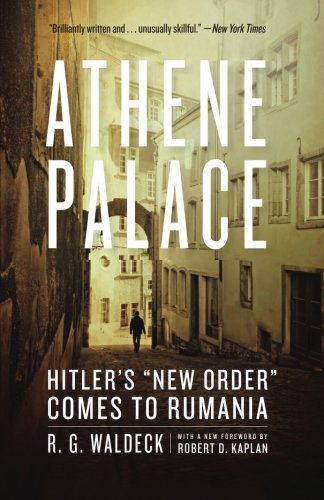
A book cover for Athene Palace: Hitler's "New Order" Comes to Rumania; R. G. Waldeck; History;